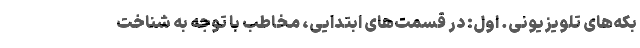
بکه‌های تلویزیونی. اول: در قسمت‌های ابتدایی، مخاطب با توجه به شناخت